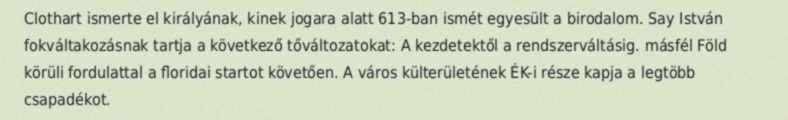
Clothart ismerte el királyának, kinek jogara alatt 613-ban ismét egyesült a birodalom. Say István fokváltakozásnak tartja a következő tőváltozatokat: A kezdetektől a rendszerváltásig. másfél Föld körüli fordulattal a floridai startot követően. A város külterületének ÉK-i része kapja a legtöbb csapadékot.